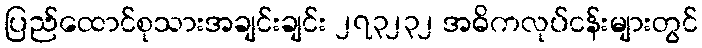
ပြည်ထောင်စုသားအချင်းချင်း ၂၇၃၂၃၂ အဓိကလုပ်ငန်းများတွင်